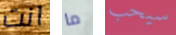
انت ما سيحب